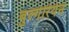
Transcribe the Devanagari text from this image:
बुल्गेरियेन